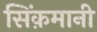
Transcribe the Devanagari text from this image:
सिंक़मानी